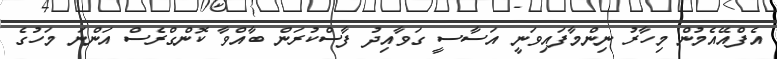
އެފްއޭއެމުން މިހާރު ނިންމާފައިވަނީ އަސާސީ ގަވާއިދު ފާސްކުރަން ބާއްވާ ކޮންގްރެސް އަންނަ މަހުގެ